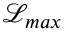
\mathcal { L } _ { m a x }